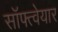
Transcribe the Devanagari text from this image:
सॉफ्त्वेयार